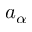
a _ { \alpha }